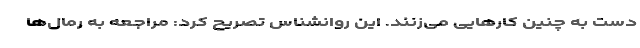
دست به چنین کارهایی می‌زنند. این روانشناس تصریح کرد: مراجعه به رمال‌ها